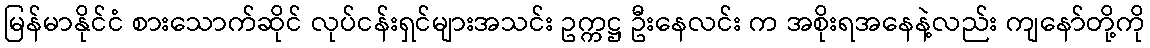
မြန်မာနိုင်ငံ စားသောက်ဆိုင် လုပ်ငန်းရှင်များအသင်း ဥက္ကဋ္ဌ ဦးနေလင်း က အစိုးရအနေနဲ့လည်း ကျနော်တို့ကို